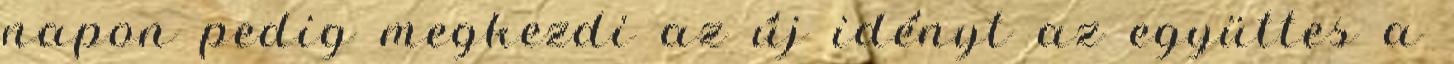
napon pedig megkezdi az új idényt az együttes a